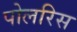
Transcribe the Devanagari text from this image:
पोलरिस